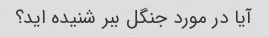
آیا در مورد جنگل ببر شنیده اید؟